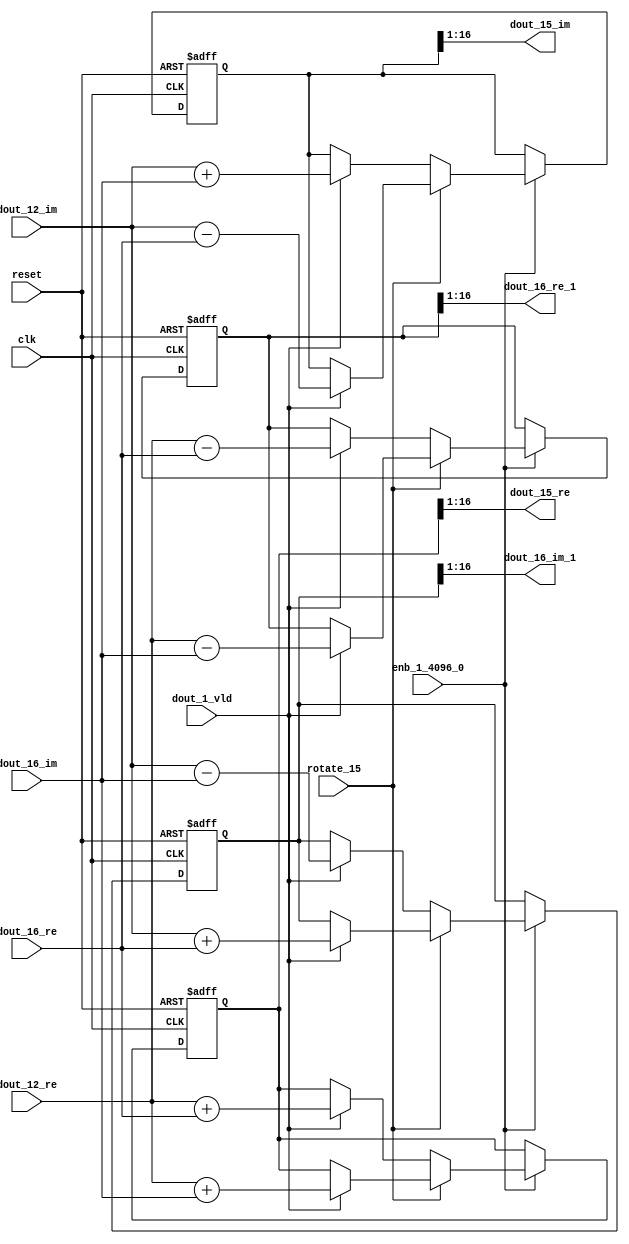
// -------------------------------------------------------------
// 
// 
// Generated by MATLAB 9.14 and HDL Coder 4.1
// 
// -------------------------------------------------------------


// -------------------------------------------------------------
// 
// Module: RADIX22FFT_SDNF2_6_block6
// Source Path: dsphdl.IFFT/RADIX22FFT_SDNF2_6
// Hierarchy Level: 4
// 
// -------------------------------------------------------------

`timescale 1 ns / 1 ns

module RADIX22FFT_SDNF2_6_block6
          (clk,
           reset,
           enb_1_4096_0,
           rotate_15,
           dout_12_re,
           dout_12_im,
           dout_16_re,
           dout_16_im,
           dout_1_vld,
           dout_15_re,
           dout_15_im,
           dout_16_re_1,
           dout_16_im_1);


  input   clk;
  input   reset;
  input   enb_1_4096_0;
  input   rotate_15;  // ufix1
  input   signed [15:0] dout_12_re;  // sfix16_En14
  input   signed [15:0] dout_12_im;  // sfix16_En14
  input   signed [15:0] dout_16_re;  // sfix16_En14
  input   signed [15:0] dout_16_im;  // sfix16_En14
  input   dout_1_vld;
  output  signed [15:0] dout_15_re;  // sfix16_En14
  output  signed [15:0] dout_15_im;  // sfix16_En14
  output  signed [15:0] dout_16_re_1;  // sfix16_En14
  output  signed [15:0] dout_16_im_1;  // sfix16_En14


  reg  Radix22ButterflyG2_NF_din_vld_dly;
  reg signed [16:0] Radix22ButterflyG2_NF_btf1_re_reg;  // sfix17
  reg signed [16:0] Radix22ButterflyG2_NF_btf1_im_reg;  // sfix17
  reg signed [16:0] Radix22ButterflyG2_NF_btf2_re_reg;  // sfix17
  reg signed [16:0] Radix22ButterflyG2_NF_btf2_im_reg;  // sfix17
  reg  Radix22ButterflyG2_NF_din_vld_dly_next;
  reg signed [16:0] Radix22ButterflyG2_NF_btf1_re_reg_next;  // sfix17_En14
  reg signed [16:0] Radix22ButterflyG2_NF_btf1_im_reg_next;  // sfix17_En14
  reg signed [16:0] Radix22ButterflyG2_NF_btf2_re_reg_next;  // sfix17_En14
  reg signed [16:0] Radix22ButterflyG2_NF_btf2_im_reg_next;  // sfix17_En14
  reg signed [15:0] dout_15_re_1;  // sfix16_En14
  reg signed [15:0] dout_15_im_1;  // sfix16_En14
  reg signed [15:0] dout_16_re_2;  // sfix16_En14
  reg signed [15:0] dout_16_im_2;  // sfix16_En14
  reg  dout_6_vld;
  reg signed [16:0] Radix22ButterflyG2_NF_add_cast;  // sfix17_En14
  reg signed [16:0] Radix22ButterflyG2_NF_add_cast_0;  // sfix17_En14
  reg signed [16:0] Radix22ButterflyG2_NF_add_cast_1;  // sfix17_En14
  reg signed [16:0] Radix22ButterflyG2_NF_add_cast_2;  // sfix17_En14
  reg signed [16:0] Radix22ButterflyG2_NF_sub_cast;  // sfix17_En14
  reg signed [16:0] Radix22ButterflyG2_NF_sub_cast_0;  // sfix17_En14
  reg signed [16:0] Radix22ButterflyG2_NF_sub_cast_1;  // sfix17_En14
  reg signed [16:0] Radix22ButterflyG2_NF_sub_cast_2;  // sfix17_En14
  reg signed [16:0] Radix22ButterflyG2_NF_sra_temp;  // sfix17_En14
  reg signed [16:0] Radix22ButterflyG2_NF_add_cast_3;  // sfix17_En14
  reg signed [16:0] Radix22ButterflyG2_NF_add_cast_4;  // sfix17_En14
  reg signed [16:0] Radix22ButterflyG2_NF_add_cast_5;  // sfix17_En14
  reg signed [16:0] Radix22ButterflyG2_NF_add_cast_6;  // sfix17_En14
  reg signed [16:0] Radix22ButterflyG2_NF_sra_temp_0;  // sfix17_En14
  reg signed [16:0] Radix22ButterflyG2_NF_sub_cast_3;  // sfix17_En14
  reg signed [16:0] Radix22ButterflyG2_NF_sub_cast_4;  // sfix17_En14
  reg signed [16:0] Radix22ButterflyG2_NF_sub_cast_5;  // sfix17_En14
  reg signed [16:0] Radix22ButterflyG2_NF_sub_cast_6;  // sfix17_En14
  reg signed [16:0] Radix22ButterflyG2_NF_sra_temp_1;  // sfix17_En14
  reg signed [16:0] Radix22ButterflyG2_NF_sra_temp_2;  // sfix17_En14


  // Radix22ButterflyG2_NF
  always @(posedge clk or posedge reset)
    begin : Radix22ButterflyG2_NF_process
      if (reset == 1'b1) begin
        Radix22ButterflyG2_NF_din_vld_dly <= 1'b0;
        Radix22ButterflyG2_NF_btf1_re_reg <= 17'sb00000000000000000;
        Radix22ButterflyG2_NF_btf1_im_reg <= 17'sb00000000000000000;
        Radix22ButterflyG2_NF_btf2_re_reg <= 17'sb00000000000000000;
        Radix22ButterflyG2_NF_btf2_im_reg <= 17'sb00000000000000000;
      end
      else begin
        if (enb_1_4096_0) begin
          Radix22ButterflyG2_NF_din_vld_dly <= Radix22ButterflyG2_NF_din_vld_dly_next;
          Radix22ButterflyG2_NF_btf1_re_reg <= Radix22ButterflyG2_NF_btf1_re_reg_next;
          Radix22ButterflyG2_NF_btf1_im_reg <= Radix22ButterflyG2_NF_btf1_im_reg_next;
          Radix22ButterflyG2_NF_btf2_re_reg <= Radix22ButterflyG2_NF_btf2_re_reg_next;
          Radix22ButterflyG2_NF_btf2_im_reg <= Radix22ButterflyG2_NF_btf2_im_reg_next;
        end
      end
    end

  always @(Radix22ButterflyG2_NF_btf1_im_reg, Radix22ButterflyG2_NF_btf1_re_reg,
       Radix22ButterflyG2_NF_btf2_im_reg, Radix22ButterflyG2_NF_btf2_re_reg,
       Radix22ButterflyG2_NF_din_vld_dly, dout_12_im, dout_12_re, dout_16_im,
       dout_16_re, dout_1_vld, rotate_15) begin
    Radix22ButterflyG2_NF_add_cast_1 = 17'sb00000000000000000;
    Radix22ButterflyG2_NF_add_cast_2 = 17'sb00000000000000000;
    Radix22ButterflyG2_NF_sub_cast_1 = 17'sb00000000000000000;
    Radix22ButterflyG2_NF_sub_cast_2 = 17'sb00000000000000000;
    Radix22ButterflyG2_NF_add_cast_5 = 17'sb00000000000000000;
    Radix22ButterflyG2_NF_add_cast_6 = 17'sb00000000000000000;
    Radix22ButterflyG2_NF_sub_cast_5 = 17'sb00000000000000000;
    Radix22ButterflyG2_NF_sub_cast_6 = 17'sb00000000000000000;
    Radix22ButterflyG2_NF_add_cast = 17'sb00000000000000000;
    Radix22ButterflyG2_NF_add_cast_0 = 17'sb00000000000000000;
    Radix22ButterflyG2_NF_sub_cast = 17'sb00000000000000000;
    Radix22ButterflyG2_NF_sub_cast_0 = 17'sb00000000000000000;
    Radix22ButterflyG2_NF_add_cast_3 = 17'sb00000000000000000;
    Radix22ButterflyG2_NF_add_cast_4 = 17'sb00000000000000000;
    Radix22ButterflyG2_NF_sub_cast_3 = 17'sb00000000000000000;
    Radix22ButterflyG2_NF_sub_cast_4 = 17'sb00000000000000000;
    Radix22ButterflyG2_NF_btf1_re_reg_next = Radix22ButterflyG2_NF_btf1_re_reg;
    Radix22ButterflyG2_NF_btf1_im_reg_next = Radix22ButterflyG2_NF_btf1_im_reg;
    Radix22ButterflyG2_NF_btf2_re_reg_next = Radix22ButterflyG2_NF_btf2_re_reg;
    Radix22ButterflyG2_NF_btf2_im_reg_next = Radix22ButterflyG2_NF_btf2_im_reg;
    Radix22ButterflyG2_NF_din_vld_dly_next = dout_1_vld;
    if (rotate_15 != 1'b0) begin
      if (dout_1_vld) begin
        Radix22ButterflyG2_NF_add_cast_1 = {dout_12_re[15], dout_12_re};
        Radix22ButterflyG2_NF_add_cast_2 = {dout_16_im[15], dout_16_im};
        Radix22ButterflyG2_NF_btf1_re_reg_next = Radix22ButterflyG2_NF_add_cast_1 + Radix22ButterflyG2_NF_add_cast_2;
        Radix22ButterflyG2_NF_sub_cast_1 = {dout_12_re[15], dout_12_re};
        Radix22ButterflyG2_NF_sub_cast_2 = {dout_16_im[15], dout_16_im};
        Radix22ButterflyG2_NF_btf2_re_reg_next = Radix22ButterflyG2_NF_sub_cast_1 - Radix22ButterflyG2_NF_sub_cast_2;
        Radix22ButterflyG2_NF_add_cast_5 = {dout_12_im[15], dout_12_im};
        Radix22ButterflyG2_NF_add_cast_6 = {dout_16_re[15], dout_16_re};
        Radix22ButterflyG2_NF_btf2_im_reg_next = Radix22ButterflyG2_NF_add_cast_5 + Radix22ButterflyG2_NF_add_cast_6;
        Radix22ButterflyG2_NF_sub_cast_5 = {dout_12_im[15], dout_12_im};
        Radix22ButterflyG2_NF_sub_cast_6 = {dout_16_re[15], dout_16_re};
        Radix22ButterflyG2_NF_btf1_im_reg_next = Radix22ButterflyG2_NF_sub_cast_5 - Radix22ButterflyG2_NF_sub_cast_6;
      end
    end
    else if (dout_1_vld) begin
      Radix22ButterflyG2_NF_add_cast = {dout_12_re[15], dout_12_re};
      Radix22ButterflyG2_NF_add_cast_0 = {dout_16_re[15], dout_16_re};
      Radix22ButterflyG2_NF_btf1_re_reg_next = Radix22ButterflyG2_NF_add_cast + Radix22ButterflyG2_NF_add_cast_0;
      Radix22ButterflyG2_NF_sub_cast = {dout_12_re[15], dout_12_re};
      Radix22ButterflyG2_NF_sub_cast_0 = {dout_16_re[15], dout_16_re};
      Radix22ButterflyG2_NF_btf2_re_reg_next = Radix22ButterflyG2_NF_sub_cast - Radix22ButterflyG2_NF_sub_cast_0;
      Radix22ButterflyG2_NF_add_cast_3 = {dout_12_im[15], dout_12_im};
      Radix22ButterflyG2_NF_add_cast_4 = {dout_16_im[15], dout_16_im};
      Radix22ButterflyG2_NF_btf1_im_reg_next = Radix22ButterflyG2_NF_add_cast_3 + Radix22ButterflyG2_NF_add_cast_4;
      Radix22ButterflyG2_NF_sub_cast_3 = {dout_12_im[15], dout_12_im};
      Radix22ButterflyG2_NF_sub_cast_4 = {dout_16_im[15], dout_16_im};
      Radix22ButterflyG2_NF_btf2_im_reg_next = Radix22ButterflyG2_NF_sub_cast_3 - Radix22ButterflyG2_NF_sub_cast_4;
    end
    Radix22ButterflyG2_NF_sra_temp = Radix22ButterflyG2_NF_btf1_re_reg >>> 8'd1;
    dout_15_re_1 = Radix22ButterflyG2_NF_sra_temp[15:0];
    Radix22ButterflyG2_NF_sra_temp_0 = Radix22ButterflyG2_NF_btf1_im_reg >>> 8'd1;
    dout_15_im_1 = Radix22ButterflyG2_NF_sra_temp_0[15:0];
    Radix22ButterflyG2_NF_sra_temp_1 = Radix22ButterflyG2_NF_btf2_re_reg >>> 8'd1;
    dout_16_re_2 = Radix22ButterflyG2_NF_sra_temp_1[15:0];
    Radix22ButterflyG2_NF_sra_temp_2 = Radix22ButterflyG2_NF_btf2_im_reg >>> 8'd1;
    dout_16_im_2 = Radix22ButterflyG2_NF_sra_temp_2[15:0];
    dout_6_vld = Radix22ButterflyG2_NF_din_vld_dly;
  end



  assign dout_15_re = dout_15_re_1;

  assign dout_15_im = dout_15_im_1;

  assign dout_16_re_1 = dout_16_re_2;

  assign dout_16_im_1 = dout_16_im_2;

endmodule  // RADIX22FFT_SDNF2_6_block6